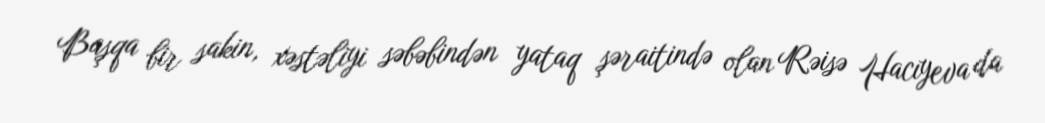
Başqa bir sakin, xəstəliyi səbəbindən yataq şəraitində olan Rəisə Hacıyeva da